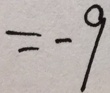
= - 9